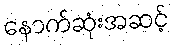
နောက်ဆုံးအဆင့်